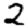
Digit: 2